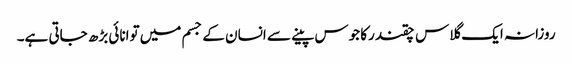
روزانہ ایک گلاس چقندرکا جوس پینے سے انسان کے جسم میں توانائی بڑھ جاتی ہے۔